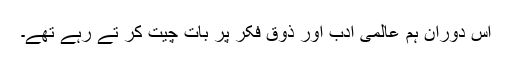
اس دوران ہم عالمی ادب اور ذوقِ فکر پر بات چیت کر تے رہے تھے۔